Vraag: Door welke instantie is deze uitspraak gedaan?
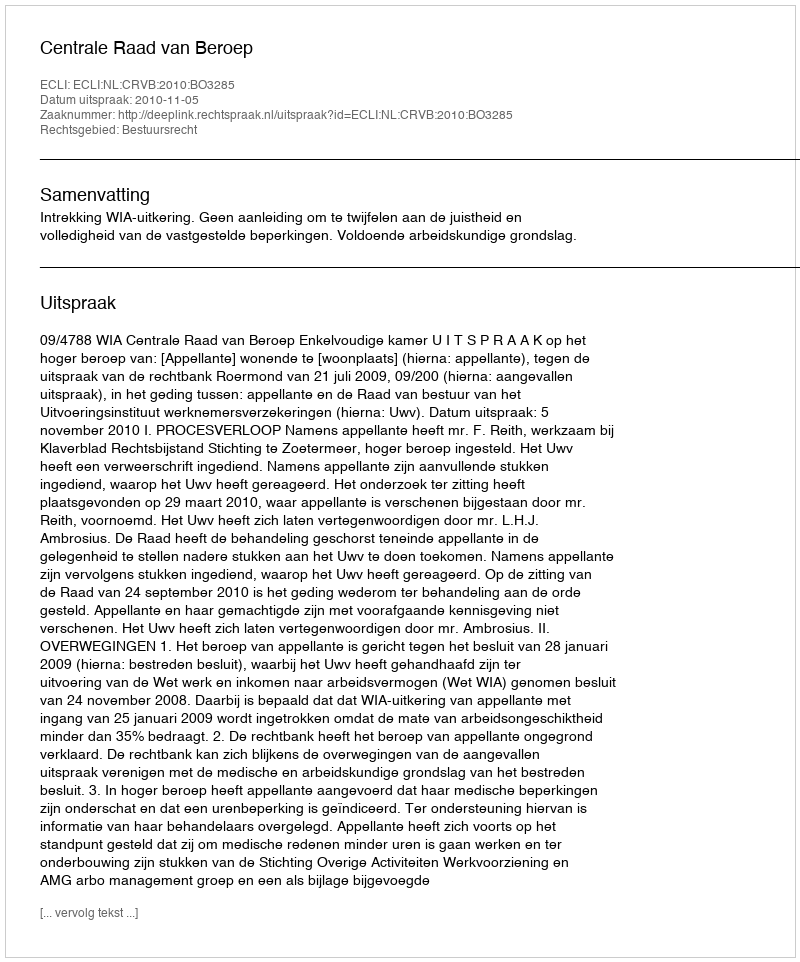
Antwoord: Centrale Raad van Beroep